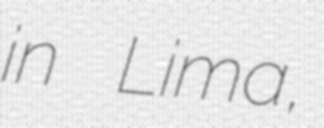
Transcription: in Lima,